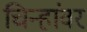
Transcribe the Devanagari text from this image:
चिन्हांवर